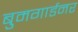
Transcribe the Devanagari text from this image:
बुमगार्डनर